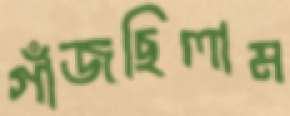
গাঁজছিলাম